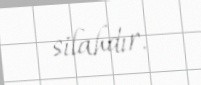
silahdır.